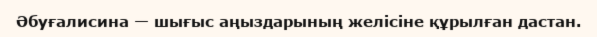
Әбуғалисина — шығыс аңыздарының желісіне құрылған дастан.